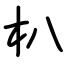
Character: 朳